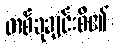
တစ်ခုချင်းစီ၏